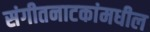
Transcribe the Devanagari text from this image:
संगीतनाटकांमधील